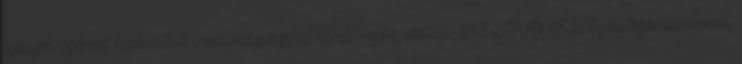
igények szerint kialakított irodahelyiségeket kínál reprezentatív &#8217;A&#8217; kategóriás irodai